Vaccination in Burma 1900-1911 - 1900-1911
Year: 1900
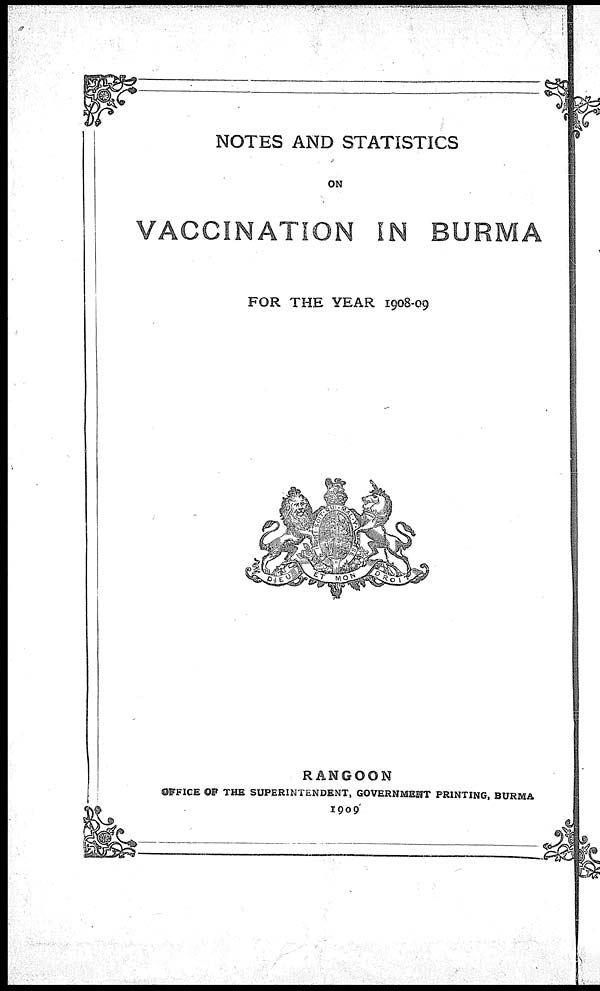
NOTES AND STATISTICS
ON
VACCINATION IN BURMA
FOR THE YEAR 1908-09
RANGOON
OFFICE OF THE SUPERINTENDENT, GOVERNMENT PRINTING, BURMA
1909